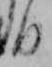
日